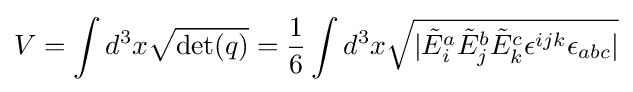
V=\int d^{3}x{\sqrt {\det(q)}}={1 \over 6}\int d^{3}x{\sqrt {|{\tilde {E}}_{i}^{a}{\tilde {E}}_{j}^{b}{\tilde {E}}_{k}^{c}\epsilon ^{ijk}\epsilon _{abc}|}}